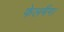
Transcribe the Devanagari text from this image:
फेलमैंग।